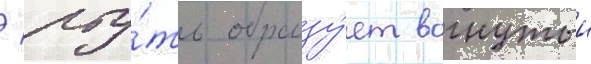
/ рту́ть образу́ет вогнутыи